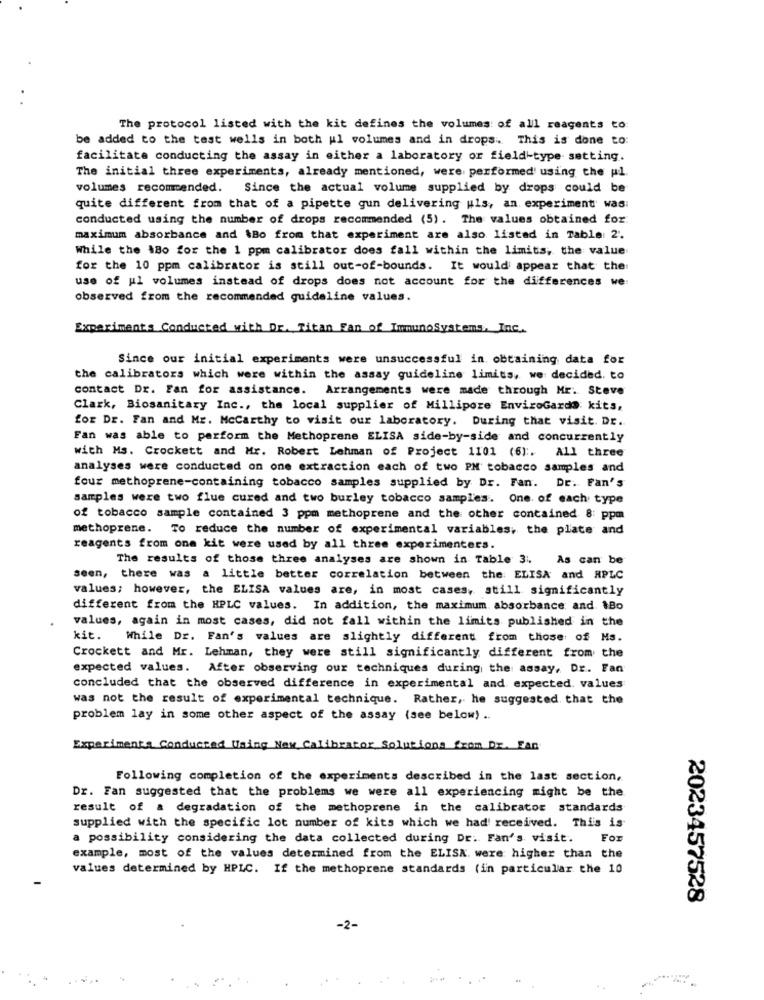
The protocol listed with the kit defines the volumes of all reagents to:
be added to the test wells in both ul volumes and in drops. This is done to:
facilitate conducting the assay in either a laboratory or field-type setting.
The initial three experiments, already mentioned, were performed' using the pl.
volumes recommended. Since the actual volume supplied by drops could be
quite different from that of a pipette gun delivering uls, an experiment' was:
conducted using the number of drops recommended (5). The values obtained for
maximum absorbance and \Bo from that experiment are also listed in Table: 2.
While the 180 for the 1 ppm calibrator does fall within the limits, the value
for the 10 ppm calibrator is still out-of-bounds. It would appear that the
use of ul volumes instead of drops does not account for the differences we:
observed from the recommended guideline values.
Experiments Conducted with Dr. Titan Fan of ImmunoSystems, Inc.
Since our initial experiments were unsuccessful in obtaining data for
the calibrators which were within the assay guideline limits, we decided. to
contact Dr. Fan for assistance. Arrangements were made through Mr. Steve
Clark, Biosanitary Inc ., the local supplier of Millipore EnviroGardo: kits,
for Dr. Fan and Mr. Mccarthy to visit our laboratory. During that visit. Dr.
Fan was able to perform the Methoprene ELISA side-by-side and concurrently
with Ms. Crockett and Mr. Robert Lehman of Project 1101 (6) :. All three
analyses were conducted on one extraction each of two PM tobacco samples and
four methoprene-containing tobacco samples supplied by Dr. Fan. DE. Fan's
samples were two flue cured and two burley tobacco samples. One of each type
of tobacco sample contained 3 ppm methoprene and the other contained 8: ppm
methoprene. To reduce the number of experimental variables, the plate and
reagents from one kit were used by all three experimenters.
The results of those three analyses are shown in Table 3.
As can be
seen, there was a little better correlation between the ELISA and HPLC
values; however, the ELISA values are, in most cases, still significantly
different from the HPLC values. In addition, the maximum absorbance, and. 1Bo
values, again in most cases, did not fall within the limits published in the
kit. While Dr. Fan's values are slightly different from those of Ms.
Crockett and Mr. Lehman, they were still significantly different from the
expected values. After observing our techniques during the assay, Dr. Fan
concluded that the observed difference in experimental and expected. values
was not the result of experimental technique. Rather, he suggested that the
problem lay in some other aspect of the assay (see below) ..
Experiments Conducted Using New Calibrator Solutions from Dr. Fan
Following completion of the experiments described in the last section,
Dr. Fan suggested that the problems we were all experiencing might be the
result of a degradation of the methoprene in the calibrator standards
supplied with the specific lot number of kits which we had' received. This is
a possibility considering the data collected during Dr. Fan's visit.
For
example, most of the values determined from the ELISK. were higher than the
values determined by HPLC. If the methoprene standards (in particular the 10
2023457528
-2-